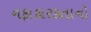
નફાકારકતાનો